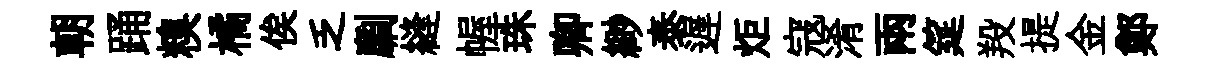
朝踊糗橘俟乏劘縫幄珠卿緲泰遅炬寇淆兩筵羖提金鄭